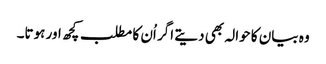
وہ بیان کا حوالہ بھی دیتے اگر اُن کا مطلب کچھ اور ہوتا۔